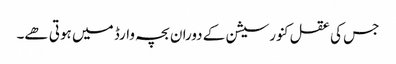
جس کی عقل کنورسیشن کے دوران بچہ وارڈ میں ہوتی ھے۔